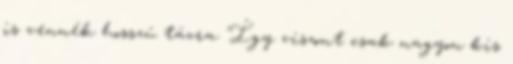
is vennék hosszú távra. Így viszont csak nagyon kis